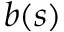
b ( s )